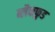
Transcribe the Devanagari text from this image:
ब्लैकफुड